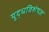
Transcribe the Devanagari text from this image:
युद्धविशेषज्ञ